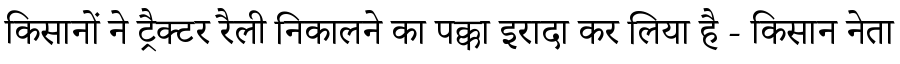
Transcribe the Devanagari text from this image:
किसानों ने ट्रैक्टर रैली निकालने का पक्का इरादा कर लिया है - किसान नेता